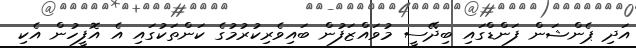
އަދި ޕެންޝަން ފަންޑްގައި ބިދޭސީ މުވައްޒަފުން ބައިވެރިކުރުމުގެ ކަންތަކުގައި އެ އޮފީހުން އެކި